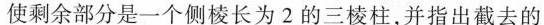
使剩余部分是一个侧棱长为2的三棱柱，并指出截去的